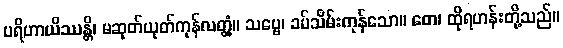
ပရိဟာယိဿန္တိ၊ မဆုတ်ယုတ်ကုန်လတ္တံ့။ သဗ္ဗေ၊ ခပ်သိမ်းကုန်သော။ တေ၊ ထိုရဟန်းတို့သည်။